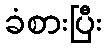
ခံစားပြီး